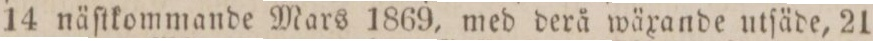
14 näſtkommande Mars 1869, med derå wäxande utſäde, 21